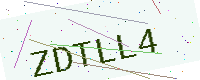
Text: ZDTLL4